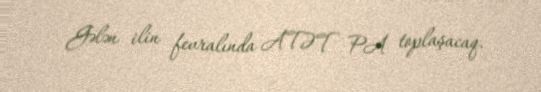
Gələn ilin fevralında ATƏT PA toplaşacaq.